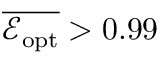
\overline { { \mathcal E _ { \mathrm { o p t } } } } > 0 . 9 9